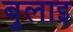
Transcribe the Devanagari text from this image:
बुलाइ